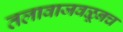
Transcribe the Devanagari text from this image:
तलावाजवळूनच